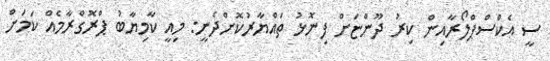
ސީ އެކްސްޕްލޯރާއިން ކިރު ދޫންޏަށް ފިނޮޅު ތައްޔާރުކޮށްދެނީ: މިއީ ކާމިޔާބު ޕްރޮގްރާމެއް ކަމަށް